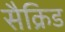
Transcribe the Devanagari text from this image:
सैक्रिड